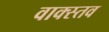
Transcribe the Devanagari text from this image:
वाक्स्तव